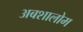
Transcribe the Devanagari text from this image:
अबशालोम